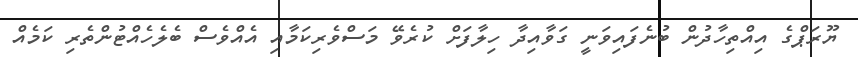
ޔޫރަޕްގެ އިއްތިހާދުން ބުނެފައިވަނީ ގަވާއިދާ ހިލާފަށް ކުރެވޭ މަސްވެރިކަމާއި އެއްވެސް ބެލެހެއްޓުންތެރި ކަމެއް